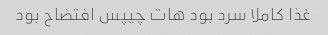
غذا کاملا سرد بود هات چیپس افتضاح بود